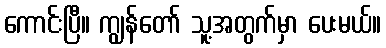
ကောင်းပြီ။ ကျွန်တော် သူ့အတွက်မှာ ပေးမယ်။